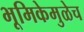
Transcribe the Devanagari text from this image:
भूमिकेमुळेच